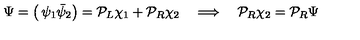
\Psi = \left( \begin{matrix} { \psi _ { 1 } } \\ { \bar { \psi } _ { 2 } } \\ \end{matrix} \right) = { \cal P } _ { L } \chi _ { 1 } + { \cal P } _ { R } \chi _ { 2 } \quad \Longrightarrow \quad { \cal P } _ { R } \chi _ { 2 } = { \cal P } _ { R } \Psi